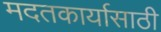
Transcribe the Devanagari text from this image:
मदतकार्यासाठी